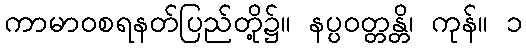
ကာမာဝစရနတ်ပြည်တို့၌။ နပ္ပဝတ္တန္တိ၊ ကုန်။ ၁